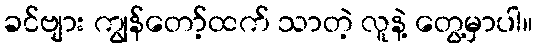
ခင်ဗျား ကျွန်တော့်ထက် သာတဲ့ လူနဲ့ တွေ့မှာပါ။